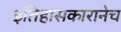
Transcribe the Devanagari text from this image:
इतिहासकारानेच